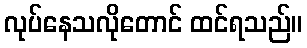
လုပ်နေသလိုတောင် ထင်ရသည်။